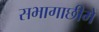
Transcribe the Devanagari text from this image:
सभागाछीमें